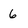
Character: 6